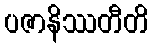
ပဇာနိဿတီတိ